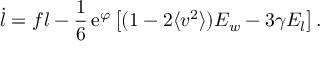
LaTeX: \dot { l } = f l - \frac { 1 } { 6 } \, \mathrm { e } ^ { \varphi } \left[ ( 1 - 2 \langle v ^ { 2 } \rangle ) E _ { w } - 3 \gamma E _ { l } \right] .